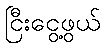
ငြီးငွေ့ဖွယ်